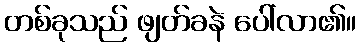
တစ်ခုသည် ဖျတ်ခနဲ ပေါ်လာ၏။